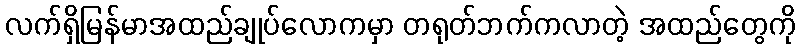
လက်ရှိမြန်မာအထည်ချုပ်လောကမှာ တရုတ်ဘက်ကလာတဲ့ အထည်တွေကို